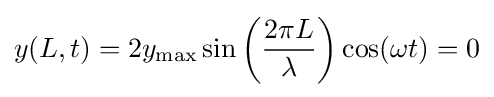
y(L,t)=2y_{\text{max}}\sin \left({2\pi L \over \lambda }\right)\cos(\omega t)=0